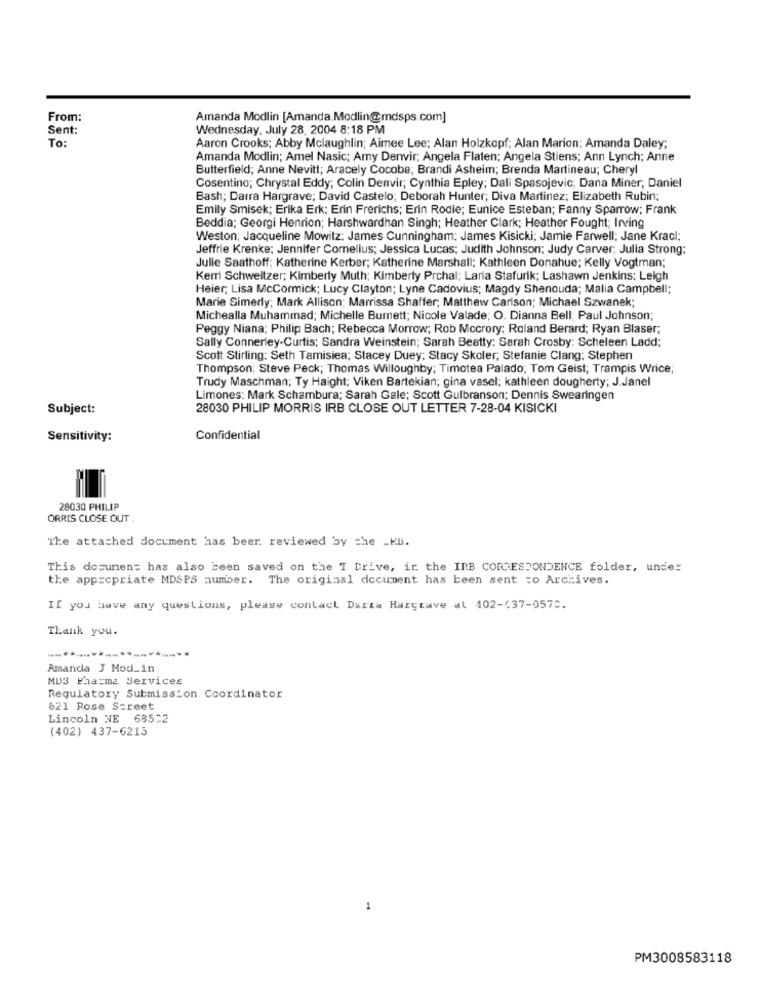
From:
Amanda Modlin [Amanda.Modlin@mdsps.com]
Sent:
Wednesday, July 28, 2004 8:18 PM
To:
Aaron Crooks; Abby Mclaughlin; Aimee Lee; Alan Holzkopf; Alan Marion: Amanda Daley;
Amanda Modlin; Amel Nasic; Amy Denvir; Angela Flaten; Angela Stiens; Ann Lynch; Anne
Butterfield; Anne Nevitt; Aracely Cocoba; Brandi Asheim; Brenda Martineau; Cheryl
Cosentino; Chrystal Eddy; Colin Denvir; Cynthia Epley; Dali Spasojevic; Dana Miner; Daniel
Bash; Darra Hargrave; David Castelo; Deborah Hunter; Diva Martinez; Elizabeth Rubin;
Emily Smisek; Erika Erk; Erin Frerichs; Erin Rodie; Eunice Esteban; Fanny Sparrow; Frank
Beddia; Georgi Henrion; Harshwardhan Singh; Heather Clark; Heather Fought; Irving
Weston: Jacqueline Mowitz: James Cunningham: James Kisicki; Jamie Farwell; Jane Kracl:
Jeffrie Krenke: Jennifer Comellus; Jessica Lucas; Judith Johnson; Judy Carver; Julia Strong;
Julie Saathoff; Katherine Kerber; Katherine Marshall; Kathleen Donahue; Kelly Vogtman;
Kerri Schweitzer; Kimberly Muth; Kimberly Prchal; Larla Stafurik; Lashawn Jenkins: Leigh
Heier; Lisa McCormick; Lucy Clayton; Lyne Cadovius; Magdy Shenouda; Malia Campbell;
Marie Simerly; Mark Allison; Marrissa Shaffer; Matthew Carlson; Michael Szwanek;
Michealla Muhammad; Michelle Burnett; Nicole Valade; O. Dianna Bell; Paul Johnson;
Peggy Niana; Philip Bach; Rebecca Morrow; Rob Mccrory; Roland Berard; Ryan Blaser;
Sally Connerley-Curtis; Sandra Weinstein; Sarah Beatty: Sarah Crosby: Scheleen Ladd:
Scott Stirling: Seth Tamisiea; Stacey Duey; Stacy Skoler, Stefanie Clang; Stephen
Thompson; Steve Peck; Thomas Willoughby; Timotea Palado, Tom Geist; Trampis Wrice;
Trudy Maschman; Ty Haight; Viken Bartekian; gina vasel; kathleen dougherty; J.Janel
Limones: Mark Schambura; Sarah Gale; Scott Gulbranson; Dennis Swearingen
Subject:
28030 PHILIP MORRIS IRB CLOSE OUT LETTER 7-28-04 KISICKI
Sensitivity:
Confidential
28030 PHILIP
ORRIS CLOSE OUT
The attached document has beer. reviewed by the _KB.
This document has also been saved on the I Drive, ir the IRB CORRESPONDENCE folder, under
the appropriate MDSPS number. The original document has been sent =o Archives.
If you have any questions, please contact Darza Hargrave al 102-437-0575.
Thank you.
Amanda J Mod_in
MDS Pharma Services
Regulatory Submission Coordinator
621 Rose Street
Lincoln NE 685;2
(402) 437-6213
1
PM3008583118